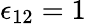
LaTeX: \epsilon_{12}=1